Vaccination in Bombay 1863-1868 - 1863-1868
Year: 1863
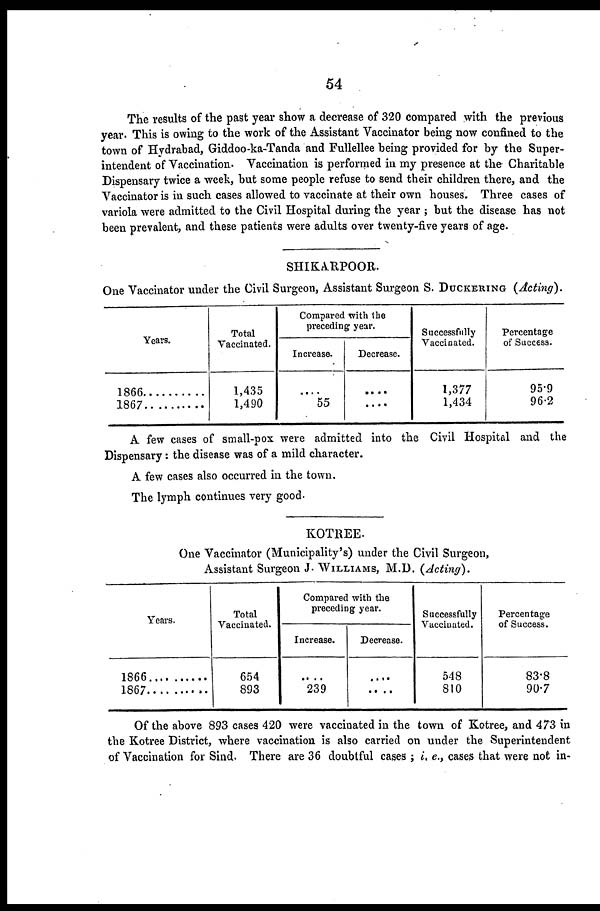
54
The results of the past year show a decrease of 320 compared with the previous
year. This is owing to the work of the Assistant Vaccinator being now confined to the
town of Hydrabad, Giddoo-ka-Tanda and Fullellee being provided for by the Super-
intendent of Vaccination. Vaccination is performed in my presence at the Charitable
Dispensary twice a week, but some people refuse to send their children there, and the
Vaccinator is in such cases allowed to vaccinate at their own houses. Three cases of
variola were admitted to the Civil Hospital during the year ; but the disease has not
been prevalent, and these patients were adults over twenty-five years of age.
SHIKARPOOR.
One Vaccinator under the Civil Surgeon, Assistant Surgeon S. DUCKERING (Acting).
Years.
1866
1867..........
Total
Vaccinated.
1,435
1,490
Compared with the
preceding year.
Increase.
....
55
Decrease.
....
....
Successfully
Vaccinated.
1,377
1,434
Percentage
of Success.
95.9
96.2
A few cases of small-pox were admitted into the Civil Hospital and the
Dispensary: the disease was of a mild character.
A few cases also occurred in the town.
The lymph continues very good.
KOTREE.
One Vaccinator (Municipality's) under the Civil Surgeon,
Assistant Surgeon J. WILLIAMS, M.D. (Acting).
Years.
1866 ..........
1867 .........
Total
Vaccinated.
654
893
Compared with the
preceding year.
Increase.
....
239
Decrease.
....
....
Successfully
Vaccinated.
548
810
Percentage
of Success.
83.8
90.7
Of the above 893 cases 420 were vaccinated in the town of Kotree, and 473 in
the Kotree District, where vaccination is also carried on under the Superintendent
of Vaccination for Sind. There are 36 doubtful cases ; i. e., cases that were not in-